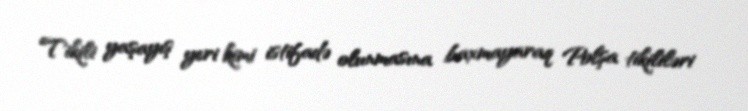
Tikili yaşayış yeri kimi istifadə olunmasına baxmayaraq Polşa tikililəri